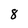
Character: 8